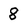
Character: 8